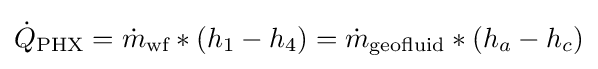
{\dot {Q}}_{\text{PHX}}={\dot {m}}_{\text{wf}}*(h_{1}-h_{4})={\dot {m}}_{\text{geofluid}}*(h_{a}-h_{c})